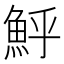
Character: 𩶈